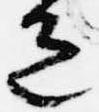
色